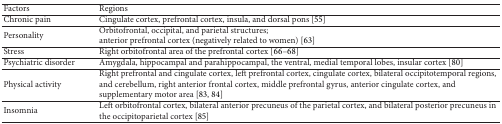
<table><thead><tr><td><b>Factors</b></td><td><b>Regions</b></td></tr></thead><tbody><tr><td>Chronic pain</td><td>Cingulate cortex, prefrontal cortex, insula, and dorsal pons [55] </td></tr><tr><td>Personality</td><td>Orbitofrontal, occipital, and parietal structures;anterior prefrontal cortex (negatively related to women) [63]</td></tr><tr><td>Stress</td><td>Right orbitofrontal area of the prefrontal cortex [66–68]</td></tr><tr><td>Psychiatric disorder</td><td>Amygdala, hippocampal and parahippocampal, the ventral, medial temporal lobes, insular cortex [80]</td></tr><tr><td> Physical activity</td><td>Right prefrontal and cingulate cortex, left prefrontal cortex, cingulate cortex, bilateral occipitotemporal regions, and cerebellum, right anterior frontal cortex, middle prefrontal gyrus, anterior cingulate cortex, and supplementary motor area [83, 84]</td></tr><tr><td>Insomnia</td><td>Left orbitofrontal cortex, bilateral anterior precuneus of the parietal cortex, and bilateral posterior precuneus in the occipitoparietal cortex [85]</td></tr></tbody></table>